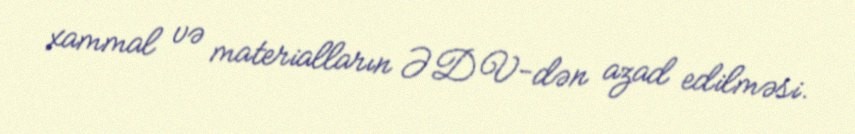
xammal və materialların ƏDV-dən azad edilməsi.